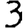
Digit: 3